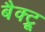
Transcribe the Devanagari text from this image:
बैक्ट्रू